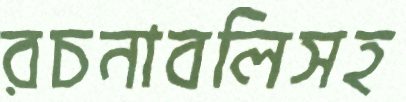
রচনাবলিসহ